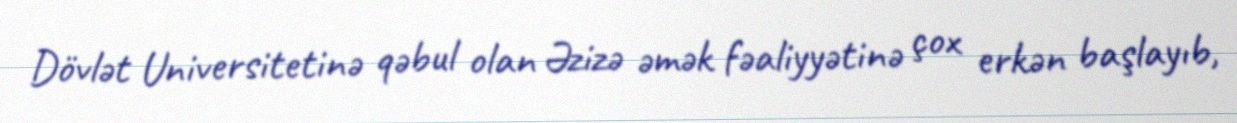
Dövlət Universitetinə qəbul olan Əzizə əmək fəaliyyətinə çox erkən başlayıb,